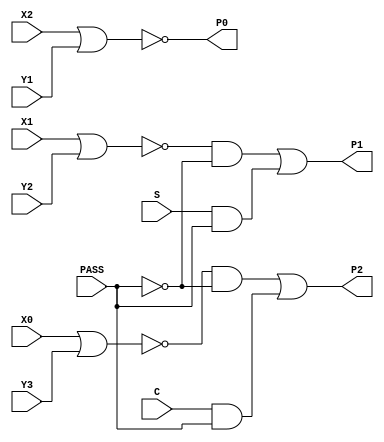
module PP26(X0, X1, X2, Y1, Y2, Y3, S, C, PASS, P0, P1, 
        P2);
input   X0;
input   X1;
input   X2;
input   Y1;
input   Y2;
input   Y3;
input   S;
input   C;
input   PASS;
output  P0;
output  P1;
output  P2;
nor g0(P0, X2, Y1);
nor g1(w3, X1, Y2);
not g2(w6, PASS);
and g3(w2, w3, w6);
and g4(w7, S, PASS);
or g5(P1, w2, w7);
nor g6(w11, X0, Y3);
not g7(w14, PASS);
and g8(w10, w11, w14);
and g9(w15, C, PASS);
or g10(P2, w10, w15);
endmodule